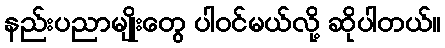
နည်းပညာမျိုးတွေ ပါဝင်မယ်လို့ ဆိုပါတယ်။